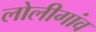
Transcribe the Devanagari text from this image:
लोलीगांव